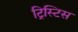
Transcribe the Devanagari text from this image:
ट्रिस्टिस